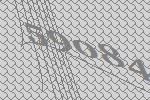
59084